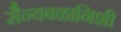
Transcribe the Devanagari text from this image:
सैन्यबळानिशी